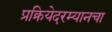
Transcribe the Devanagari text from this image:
प्रक्रियेदरम्यानचा